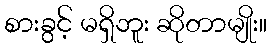
စားခွင့် မရှိဘူး ဆိုတာမျိုး။